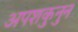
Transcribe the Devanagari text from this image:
अपशकुनुन